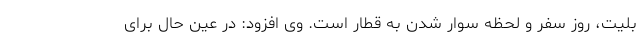
بلیت، روز سفر و لحظه سوار شدن به قطار است. وی افزود: در عین حال برای